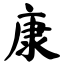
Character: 康